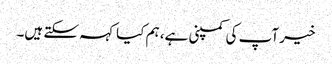
خیر آپ کی کمپنی ہے، ہم کیا کہہ سکتے ہیں۔